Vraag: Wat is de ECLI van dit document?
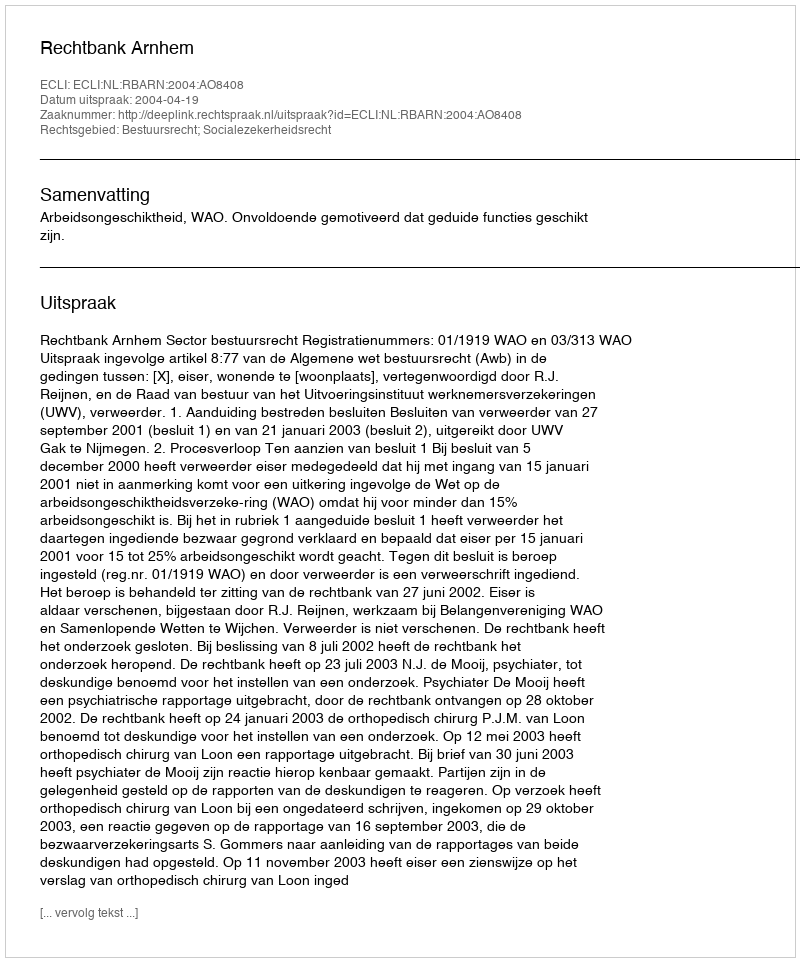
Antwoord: ECLI:NL:RBARN:2004:AO8408